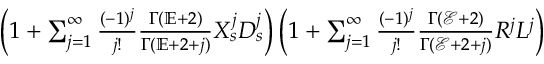
\begin{array} { r } { \left( 1 + \sum _ { j = 1 } ^ { \infty } \frac { ( - 1 ) ^ { j } } { j ! } \frac { \Gamma ( \mathbb { E } + 2 ) } { \Gamma ( \mathbb { E } + 2 + j ) } X _ { s } ^ { j } D _ { s } ^ { j } \right) \left( 1 + \sum _ { j = 1 } ^ { \infty } \frac { ( - 1 ) ^ { j } } { j ! } \frac { \Gamma ( \mathcal { E } + 2 ) } { \Gamma ( \mathcal { E } + 2 + j ) } R ^ { j } L ^ { j } \right) } \end{array}